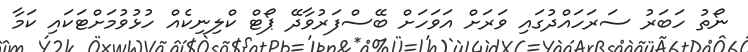
ނޯތު ހަބަރު ސަރަހައްދުގައި ވަރަށް އަވަހަށް ބޭސްފަރުވާދޭ ޕޯޓް ކްލިނިކެއް ހުޅުވުމަށްޓަކައި ކަމާ